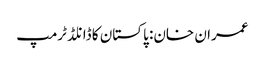
عمران خان: پاکستان کا ڈانلڈ ٹرمپ